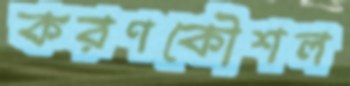
করণকৌশল